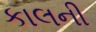
કાલની